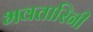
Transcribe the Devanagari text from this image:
भवतारिनी